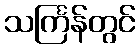
သင်္ကြန်တွင်